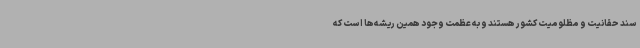
سند حقانیت و مظلومیت کشور هستند و به عظمت وجود همین ریشه‌ها است که